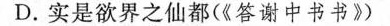
D.实是欲界之仙都(《答谢中书书》)